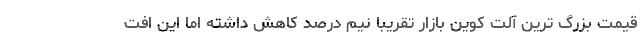
قیمت بزرگ ترین آلت کوین بازار تقریبا نیم درصد کاهش داشته اما این افت